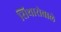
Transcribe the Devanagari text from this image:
सिथारोवाले